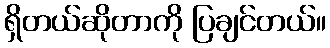
ရှိတယ်ဆိုတာကို ပြချင်တယ်။